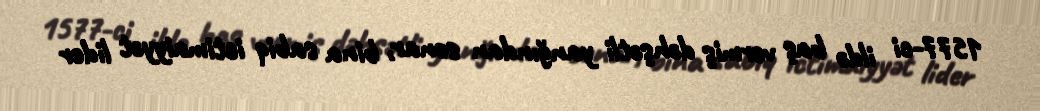
1577-ci ildə baş vermiş dəhşətli yanğından sonar, bina sabiq ictimaiyyət lider